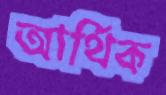
আর্থিক